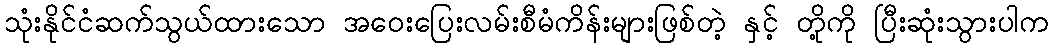
သုံးနိုင်ငံဆက်သွယ်ထားသော အဝေးပြေးလမ်းစီမံကိန်းများဖြစ်တဲ့ နှင့် တို့ကို ပြီးဆုံးသွားပါက